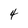
Character: 4